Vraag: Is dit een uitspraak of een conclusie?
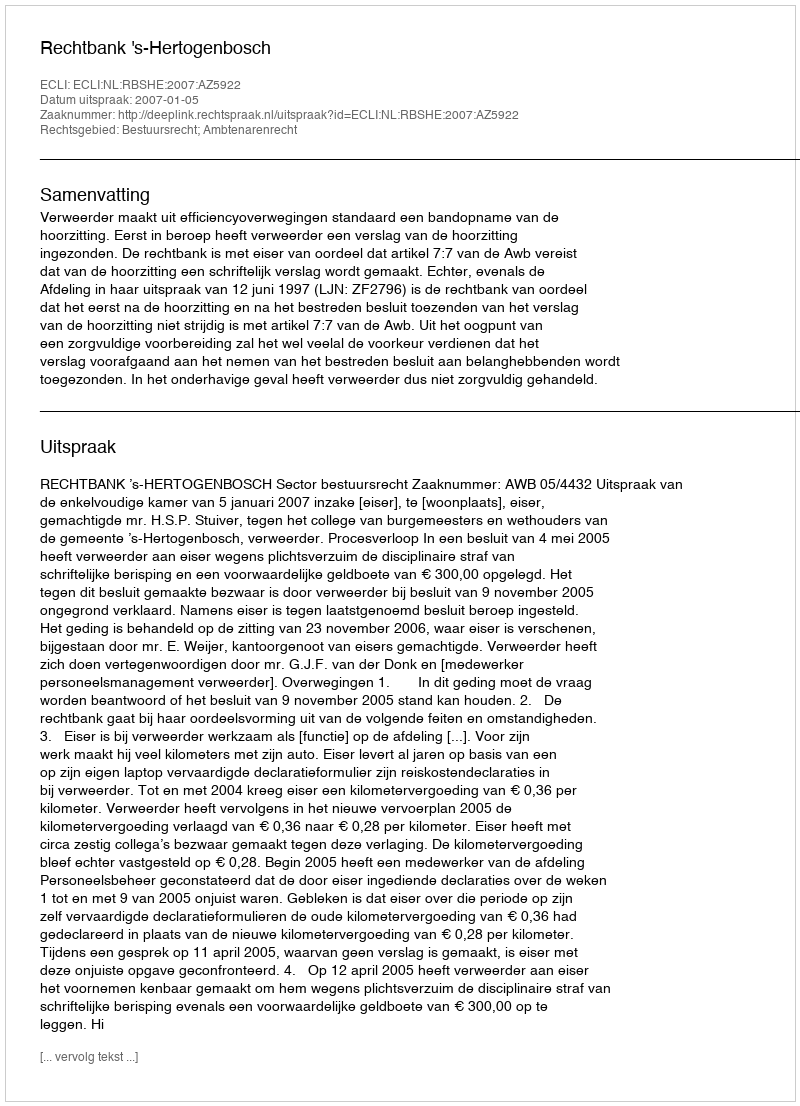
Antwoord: Uitspraak